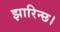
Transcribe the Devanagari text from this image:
झारिन्छ।